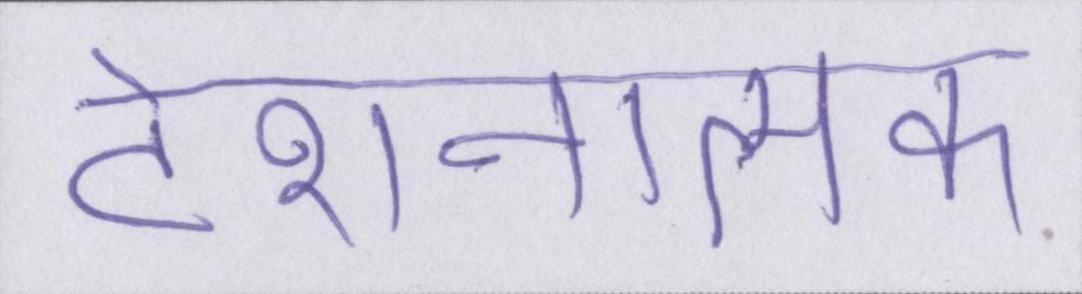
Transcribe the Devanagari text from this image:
टेंशनात्मक